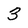
Character: 3